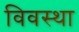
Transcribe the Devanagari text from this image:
विवस्था